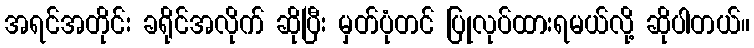
အရင်အတိုင်း ခရိုင်အလိုက် ဆိုပြီး မှတ်ပုံတင် ပြုလုပ်ထားရမယ်လို့ ဆိုပါတယ်။